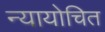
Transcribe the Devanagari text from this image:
न्‍यायोचित